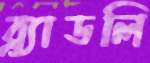
ব্র্যাডলি